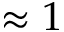
\approx 1